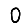
Digit: 0